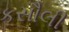
કસૌલી